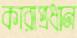
কারাপ্রধান